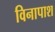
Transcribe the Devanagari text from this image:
विनापाश